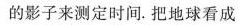
的影子来测定时间。把地球看成